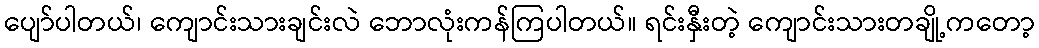
ပျော်ပါတယ်၊ ကျောင်းသားချင်းလဲ ဘောလုံးကန်ကြပါတယ်။ ရင်းနှီးတဲ့ ကျောင်းသားတချို့ကတော့